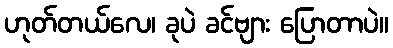
ဟုတ်တယ်လေ၊ ခုပဲ ခင်ဗျား ပြောတာပဲ။